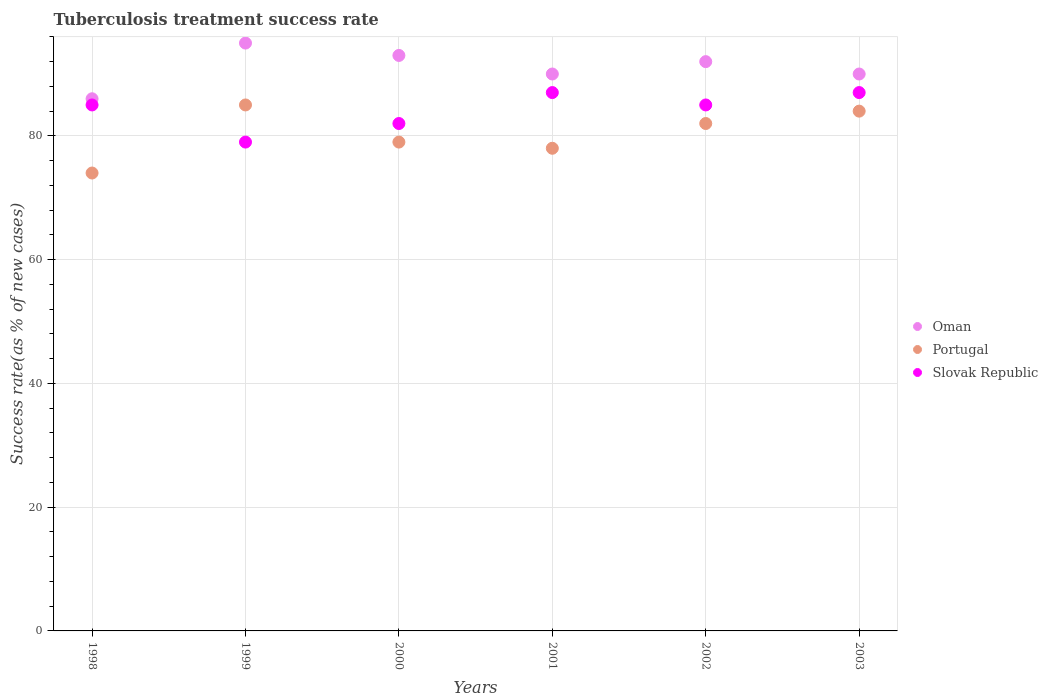
| Years | Oman | Portugal | Slovak Republic |
 | --- | --- | --- | --- |
 | 1998 | 86 | 74 | 85 |
 | 1999 | 95 | 85 | 79 |
 | 2000 | 93 | 79 | 82 |
 | 2001 | 90 | 78 | 87 |
 | 2002 | 92 | 82 | 85 |
 | 2003 | 90 | 84 | 87 |